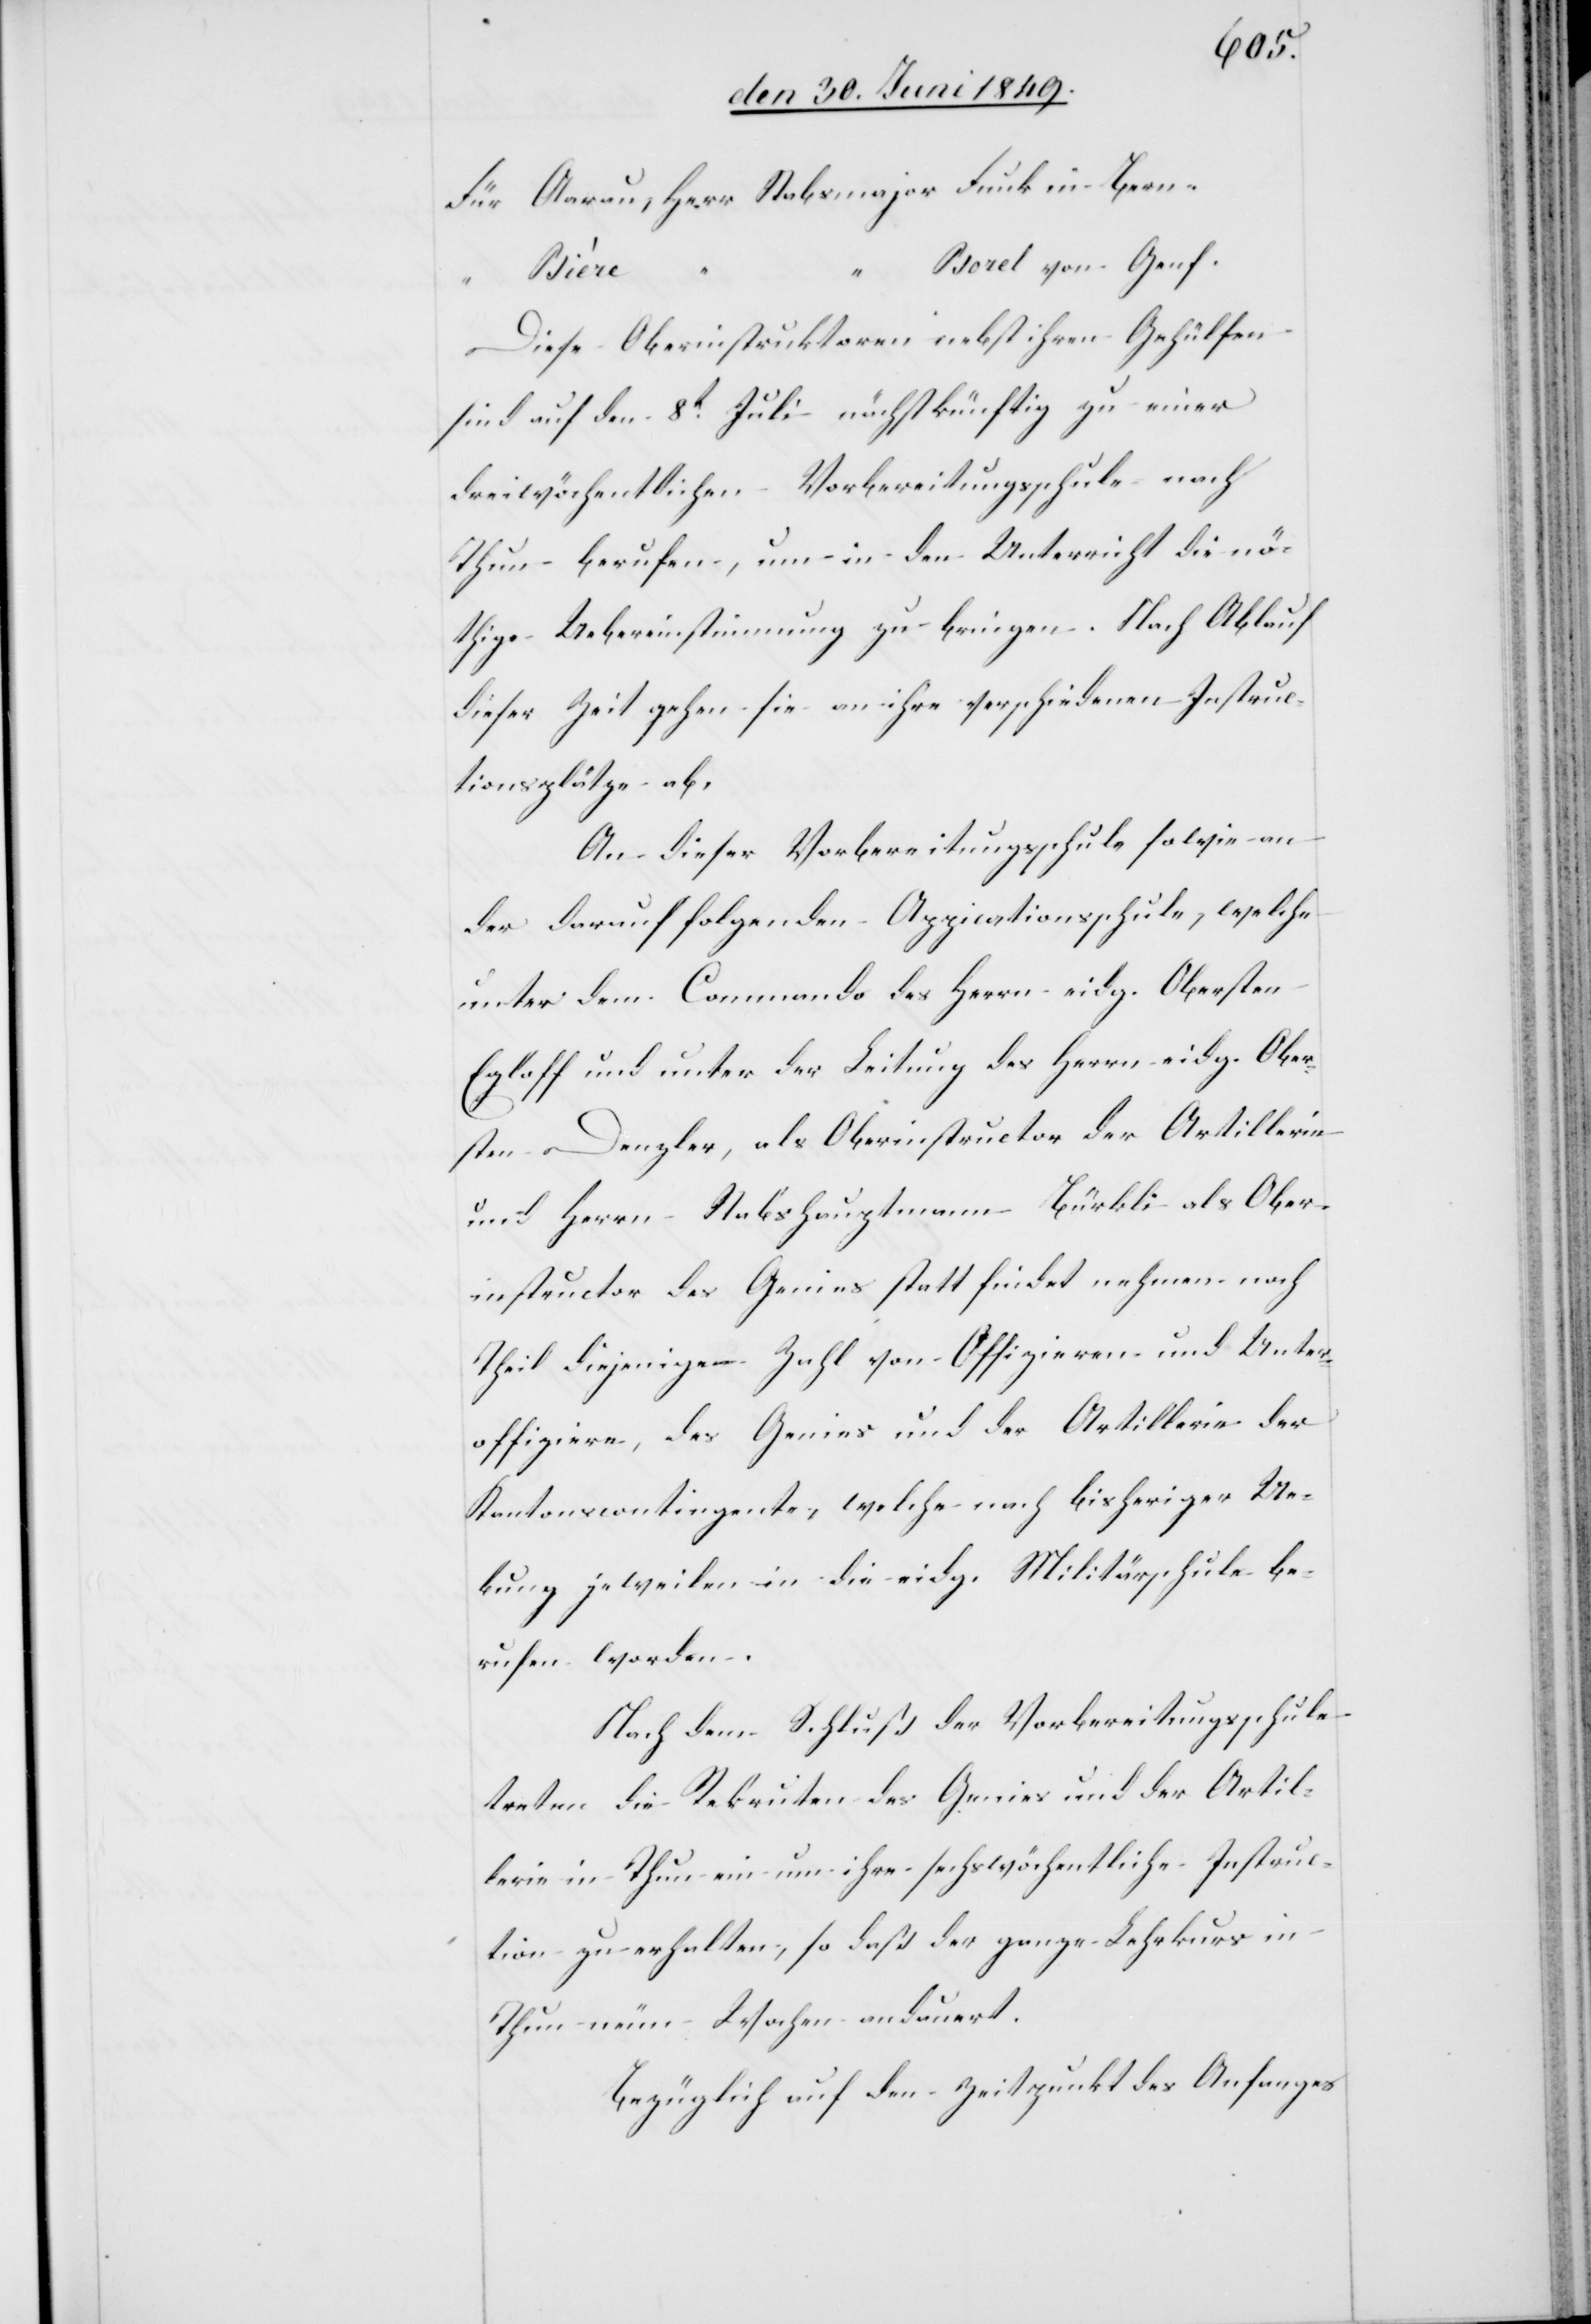
Für Aarau, Herr Stabsmajor Funk in Bern.
Borel von Genf.
Diese Oberinstruktoren nebst ihren Gehülfen
sind auf den 8t Juli nächstkünftig zu einer
dreiwöchentlichen Vorbereitungsschule nach
Thun berufen, um in den Unterricht die nö¬
thige Uebereinstimmung zu bringen. Nach Ablauf
dieser Zeit gehen sie an ihre verschiedenen Instruc¬
tionsplätze ab.
An dieser Vorbereitungsschule sowie an
der darauf folgenden Appicationsschule [sic!], welche
unter dem Commando des Herrn eidg. Obersten
Egloff und unter der Leitung des Herrn eidg. Ober¬
sten Denzler, als Oberinstructor der Artillerie
und Herrn Stabshauptmann Bürkli als Ober¬
instructor des Genius statt findet nehmen noch
Theil diejenige Zahl von Offizieren und Unter¬
offiziere, des Genius und der Artillerie der
Kantonscontingente, welche nach bisheriger Ue¬
bung jeweilen in die eidg. Militärschule be¬
rufen werden.
Nach dem Schluß der Vorbereitungsschule
treten die Rekruten des Genius und der Artil¬
lerie in Thun ein um ihre sechswöchentliche Instruc¬
tion zu erhalten, so daß der ganze Lehrkurs in
Thun neun Wochen andauert.
Bezüglich auf den Zeitpunkt des Anfanges